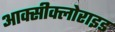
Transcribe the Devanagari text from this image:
आक्सीक्लोराइड